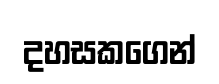
දහසකගෙන්